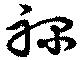
禄